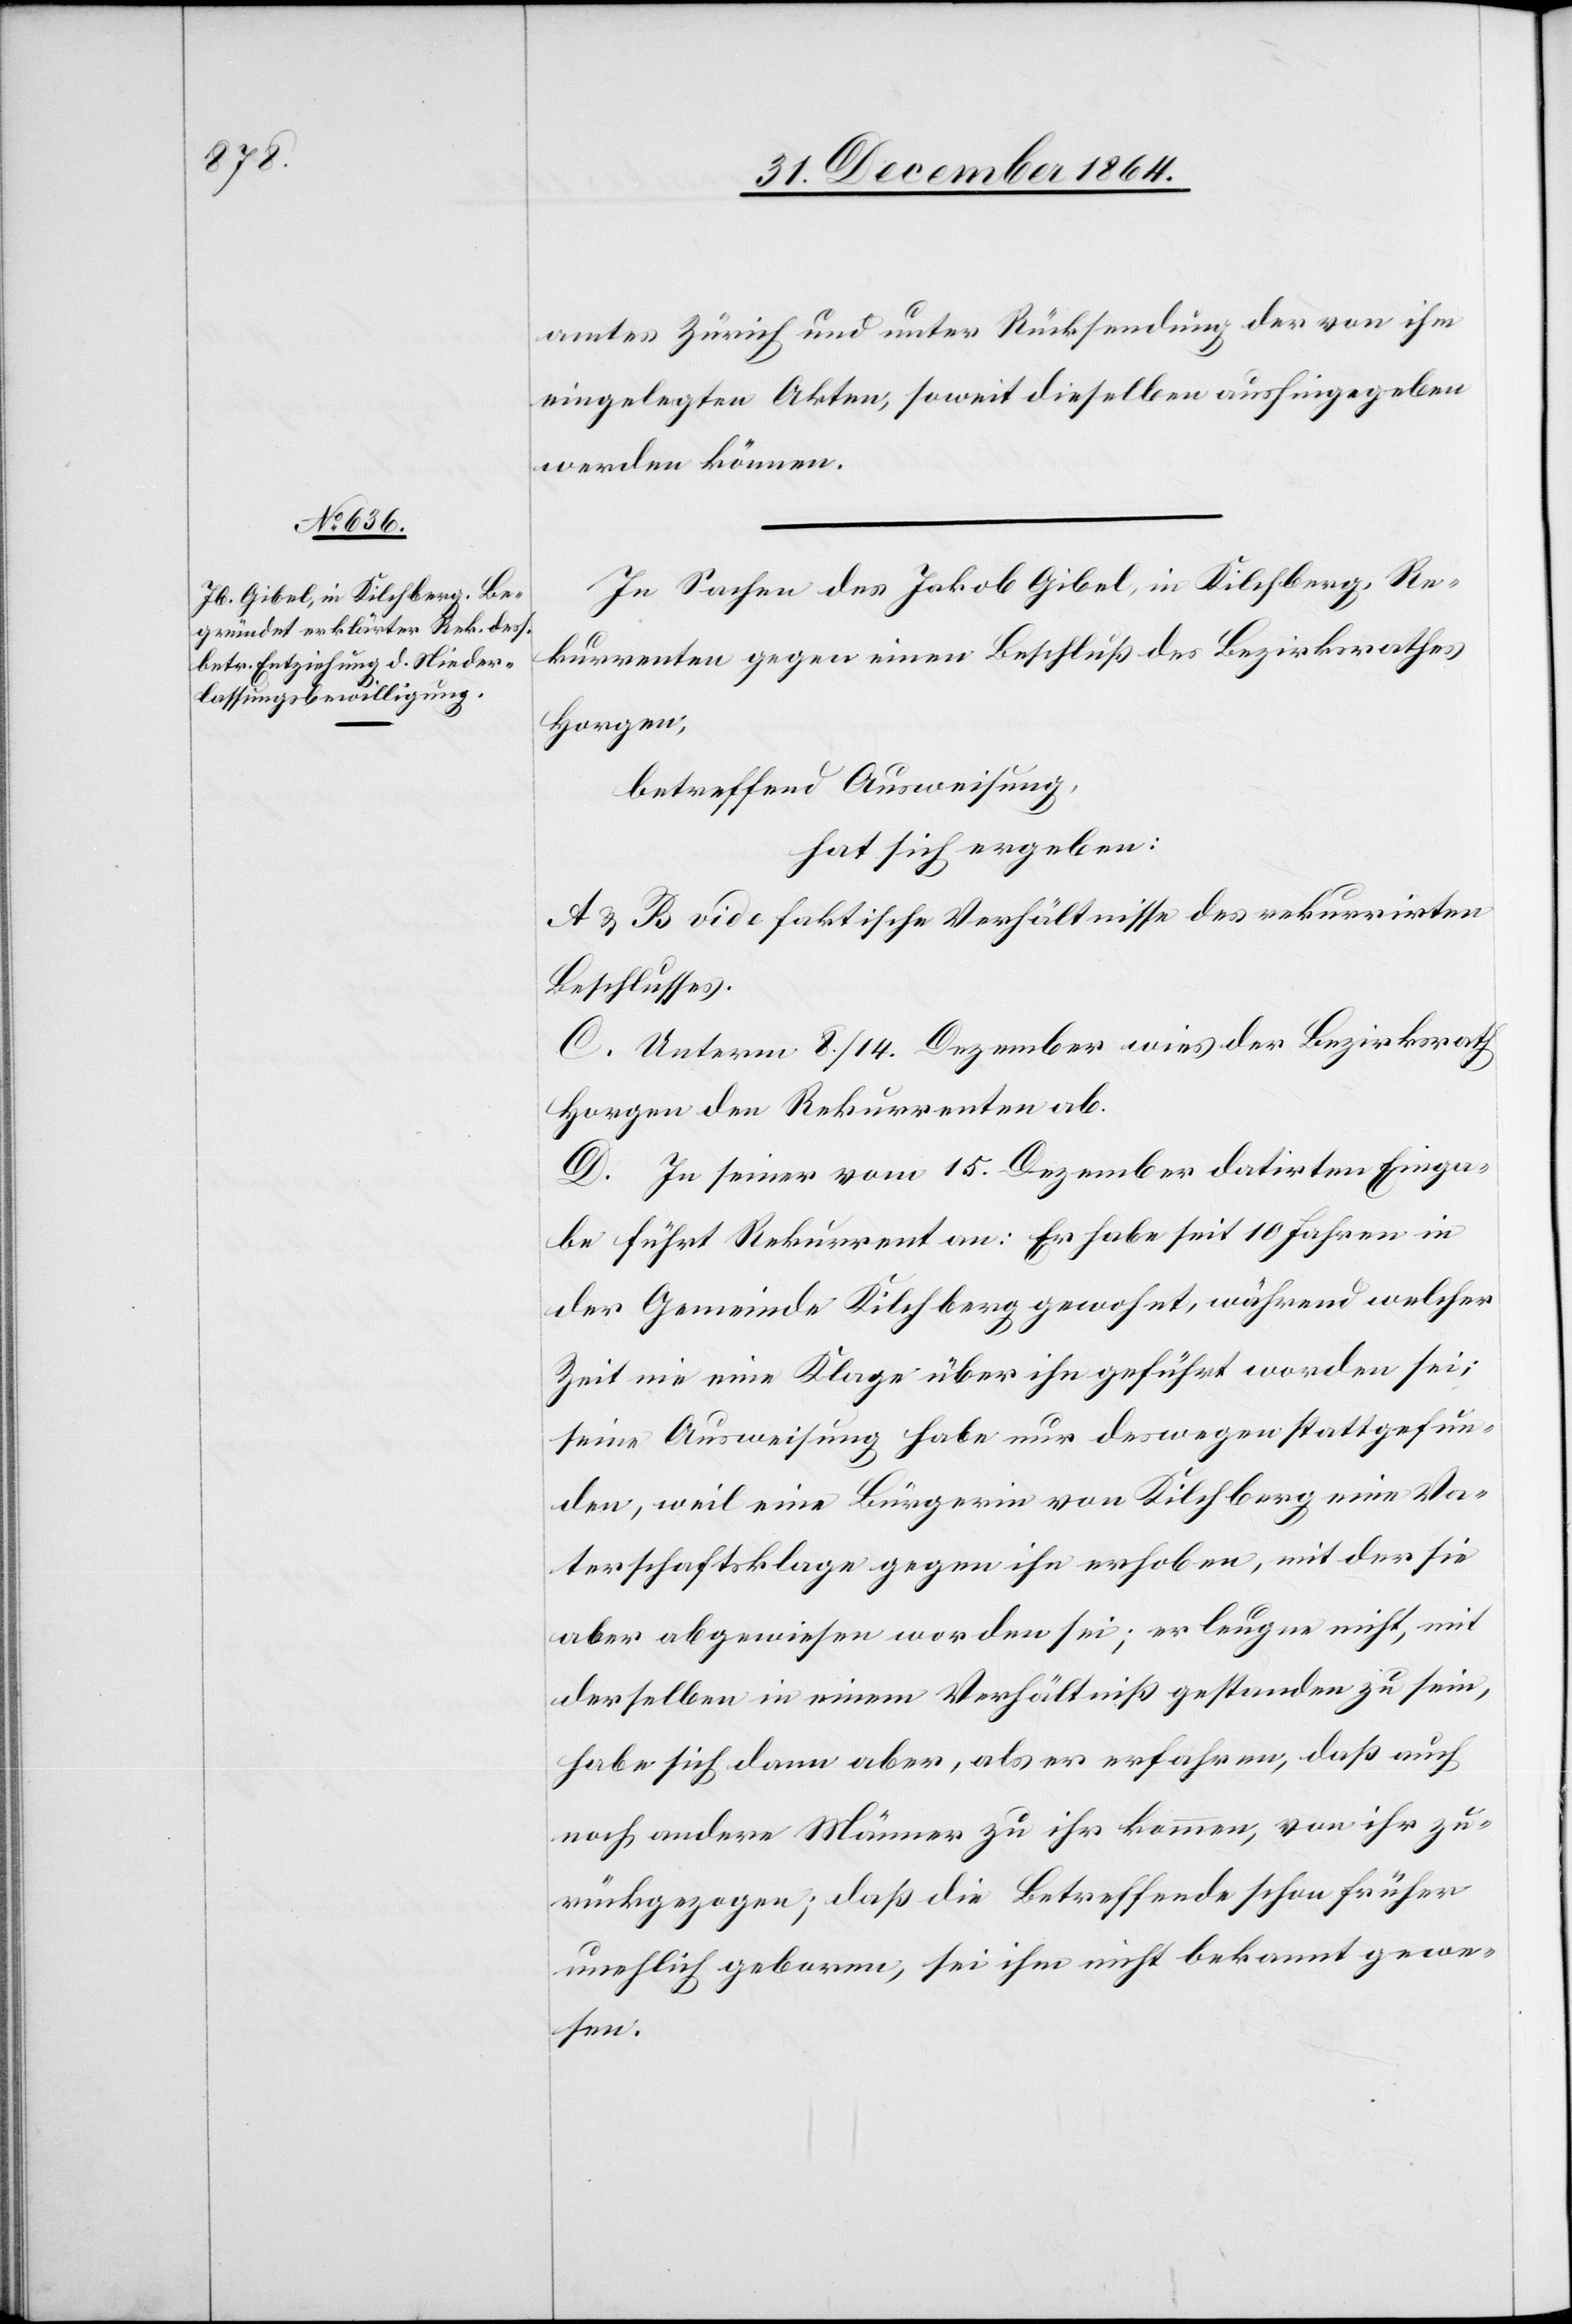
amtes Zürich und unter Rücksendung der von ihm
eingelegten Akten, soweit dieselben aushingegeben
werden können.
In Sachen des Jakob Gibel, in Kilchberg, Re¬
kurrenten gegen einen Beschluß des Bezirksrathes
Horgen,
betreffend Ausweisung,
hat sich ergeben:
A. & B. vide faktische Verhältnisse des rekurrirten
Beschlusses.
C. Unterm 8./14. Dezember wies der Bezirksrath
Horgen den Rekurrenten ab.
D. In seiner vom 15. Dezember datirten Einga¬
be führt Rekurrent an: Er habe seit 10 Jahren in
der Gemeinde Kilchberg gewohnt, während welcher
Zeit nie eine Klage über ihn geführt worden sei;
seine Ausweisung habe nur deswegen stattgefun¬
den, weil eine Bürgerin von Kilchberg eine Va¬
terschaftsklage gegen ihn erhoben, mit der sie
aber abgewiesen worden sei; er leugne nicht, mit
derselben in einem Verhältniß gestanden zu sein,
habe sich dann aber, als er erfahren, daß auch
noch andere Männer zu ihr kommen, von ihr zu¬
rückgezogen; daß die Betreffende schon früher
unehelich geboren, sei ihm nicht bekannt gewe¬
sen.